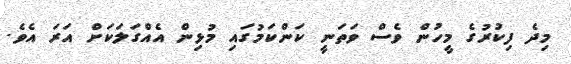
މިދެ ފިކުރުގެ މީހުން ވެސް ވަތަނީ ކަންކަމުގައި މުޅިން އެއްގަލަކަށް އަރަ އެވެ.